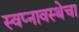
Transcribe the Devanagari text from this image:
स्वप्नावस्थेचा